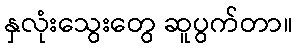
နှလုံးသွေးတွေ ဆူပွက်တာ။